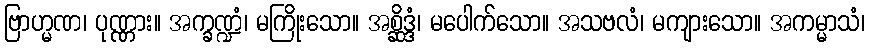
ဗြာဟ္မဏ၊ ပုဏ္ဏား။ အက္ခဏ္ဍံ၊ မကြိုးသော။ အစ္ဆိဒ္ဒံ၊ မပေါက်သော။ အသဗလံ၊ မကျားသော။ အကမ္မာသံ၊